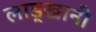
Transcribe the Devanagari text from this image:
लाड्खानी